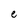
Character: e